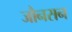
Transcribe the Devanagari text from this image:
जौनसन